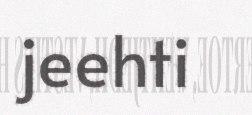
jeehti